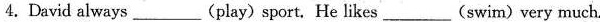
4.David always ___(play) sport,He likes ___(swim) very much.